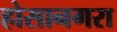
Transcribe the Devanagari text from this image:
होसानगरा